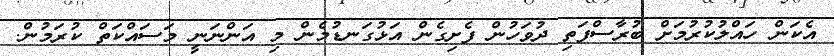
އެކަން ހައްލުކުރުމަށް ބުރާސްފަތި ދުވަހުން ފެށިގެން އަޅުގަނޑުމެން މި އަންނަނީ މަސައްކަތް ކުރަމުން.